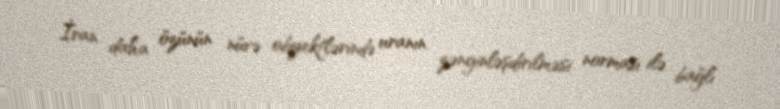
İran daha özünün nüvə obyektlərində uranın zənginləşdirilməsi norması ilə bağlı